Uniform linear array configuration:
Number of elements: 4
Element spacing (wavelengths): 0.5
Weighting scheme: binomial
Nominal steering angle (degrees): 0
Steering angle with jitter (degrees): -0.6456
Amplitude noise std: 0.05
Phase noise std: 0.05

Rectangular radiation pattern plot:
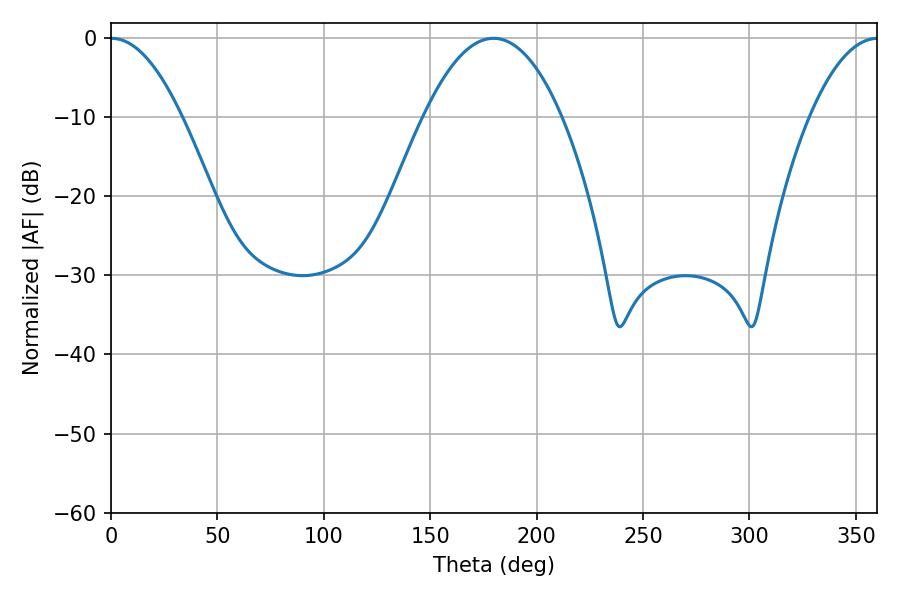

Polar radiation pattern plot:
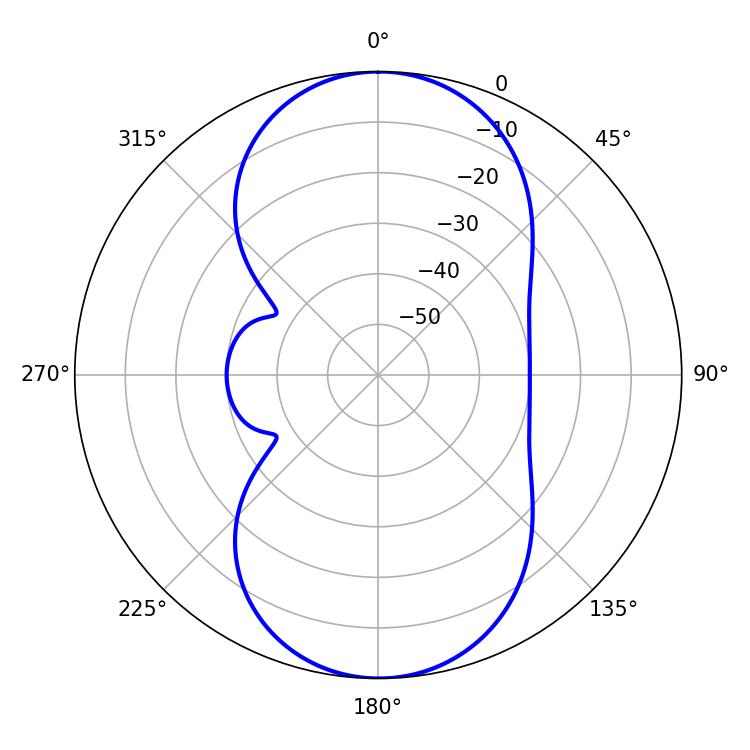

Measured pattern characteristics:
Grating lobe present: FALSE
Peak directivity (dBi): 20.88
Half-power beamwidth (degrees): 18.36
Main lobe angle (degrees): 0.18